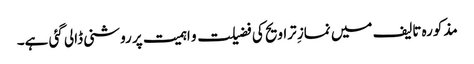
مذکورہ تالیف میں نمازِ تراویح کی فضیلت و اہمیت پر روشنی ڈالی گئی ہے۔